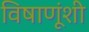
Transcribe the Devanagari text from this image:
विषाणूंशी